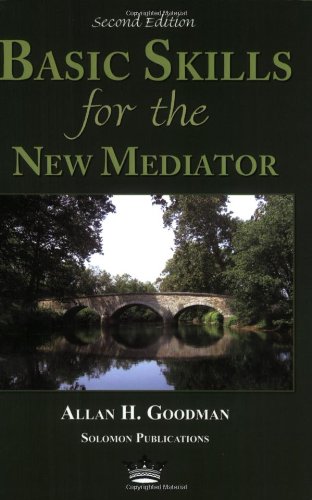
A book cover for Basic Skills for the New Mediator, Second Edition; Allan H. Goodman; Law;